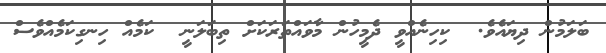
ބަލަމުން ދިޔައެވެ.  ކިހިނެއްވީ ދެމީހުން މާވައްތަރަކަށް ތިބަލަނީ  ކަމެއް ހިނގިކަމެއްވެސް